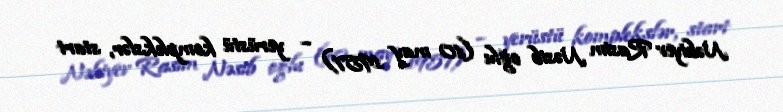
Nəbiyev Rasim Nəsib oğlu (10 may 1957) – yerüstü komplekslər, start